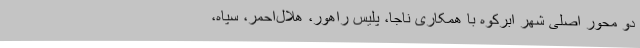
دو محور اصلی شهر ابرکوه با همکاری ناجا، پلیس راهور، هلال‌احمر، سپاه،